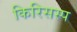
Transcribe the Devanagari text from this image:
किरिसस्प